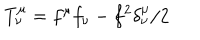
T _ { \nu } ^ { \mu } = f ^ { \mu } f _ { \nu } - f ^ { 2 } \delta _ { \nu } ^ { \mu } / 2